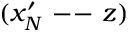
( x _ { N } ^ { \prime } \mathrm { ~ -- ~ } z )